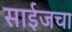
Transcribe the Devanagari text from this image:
साईजचा